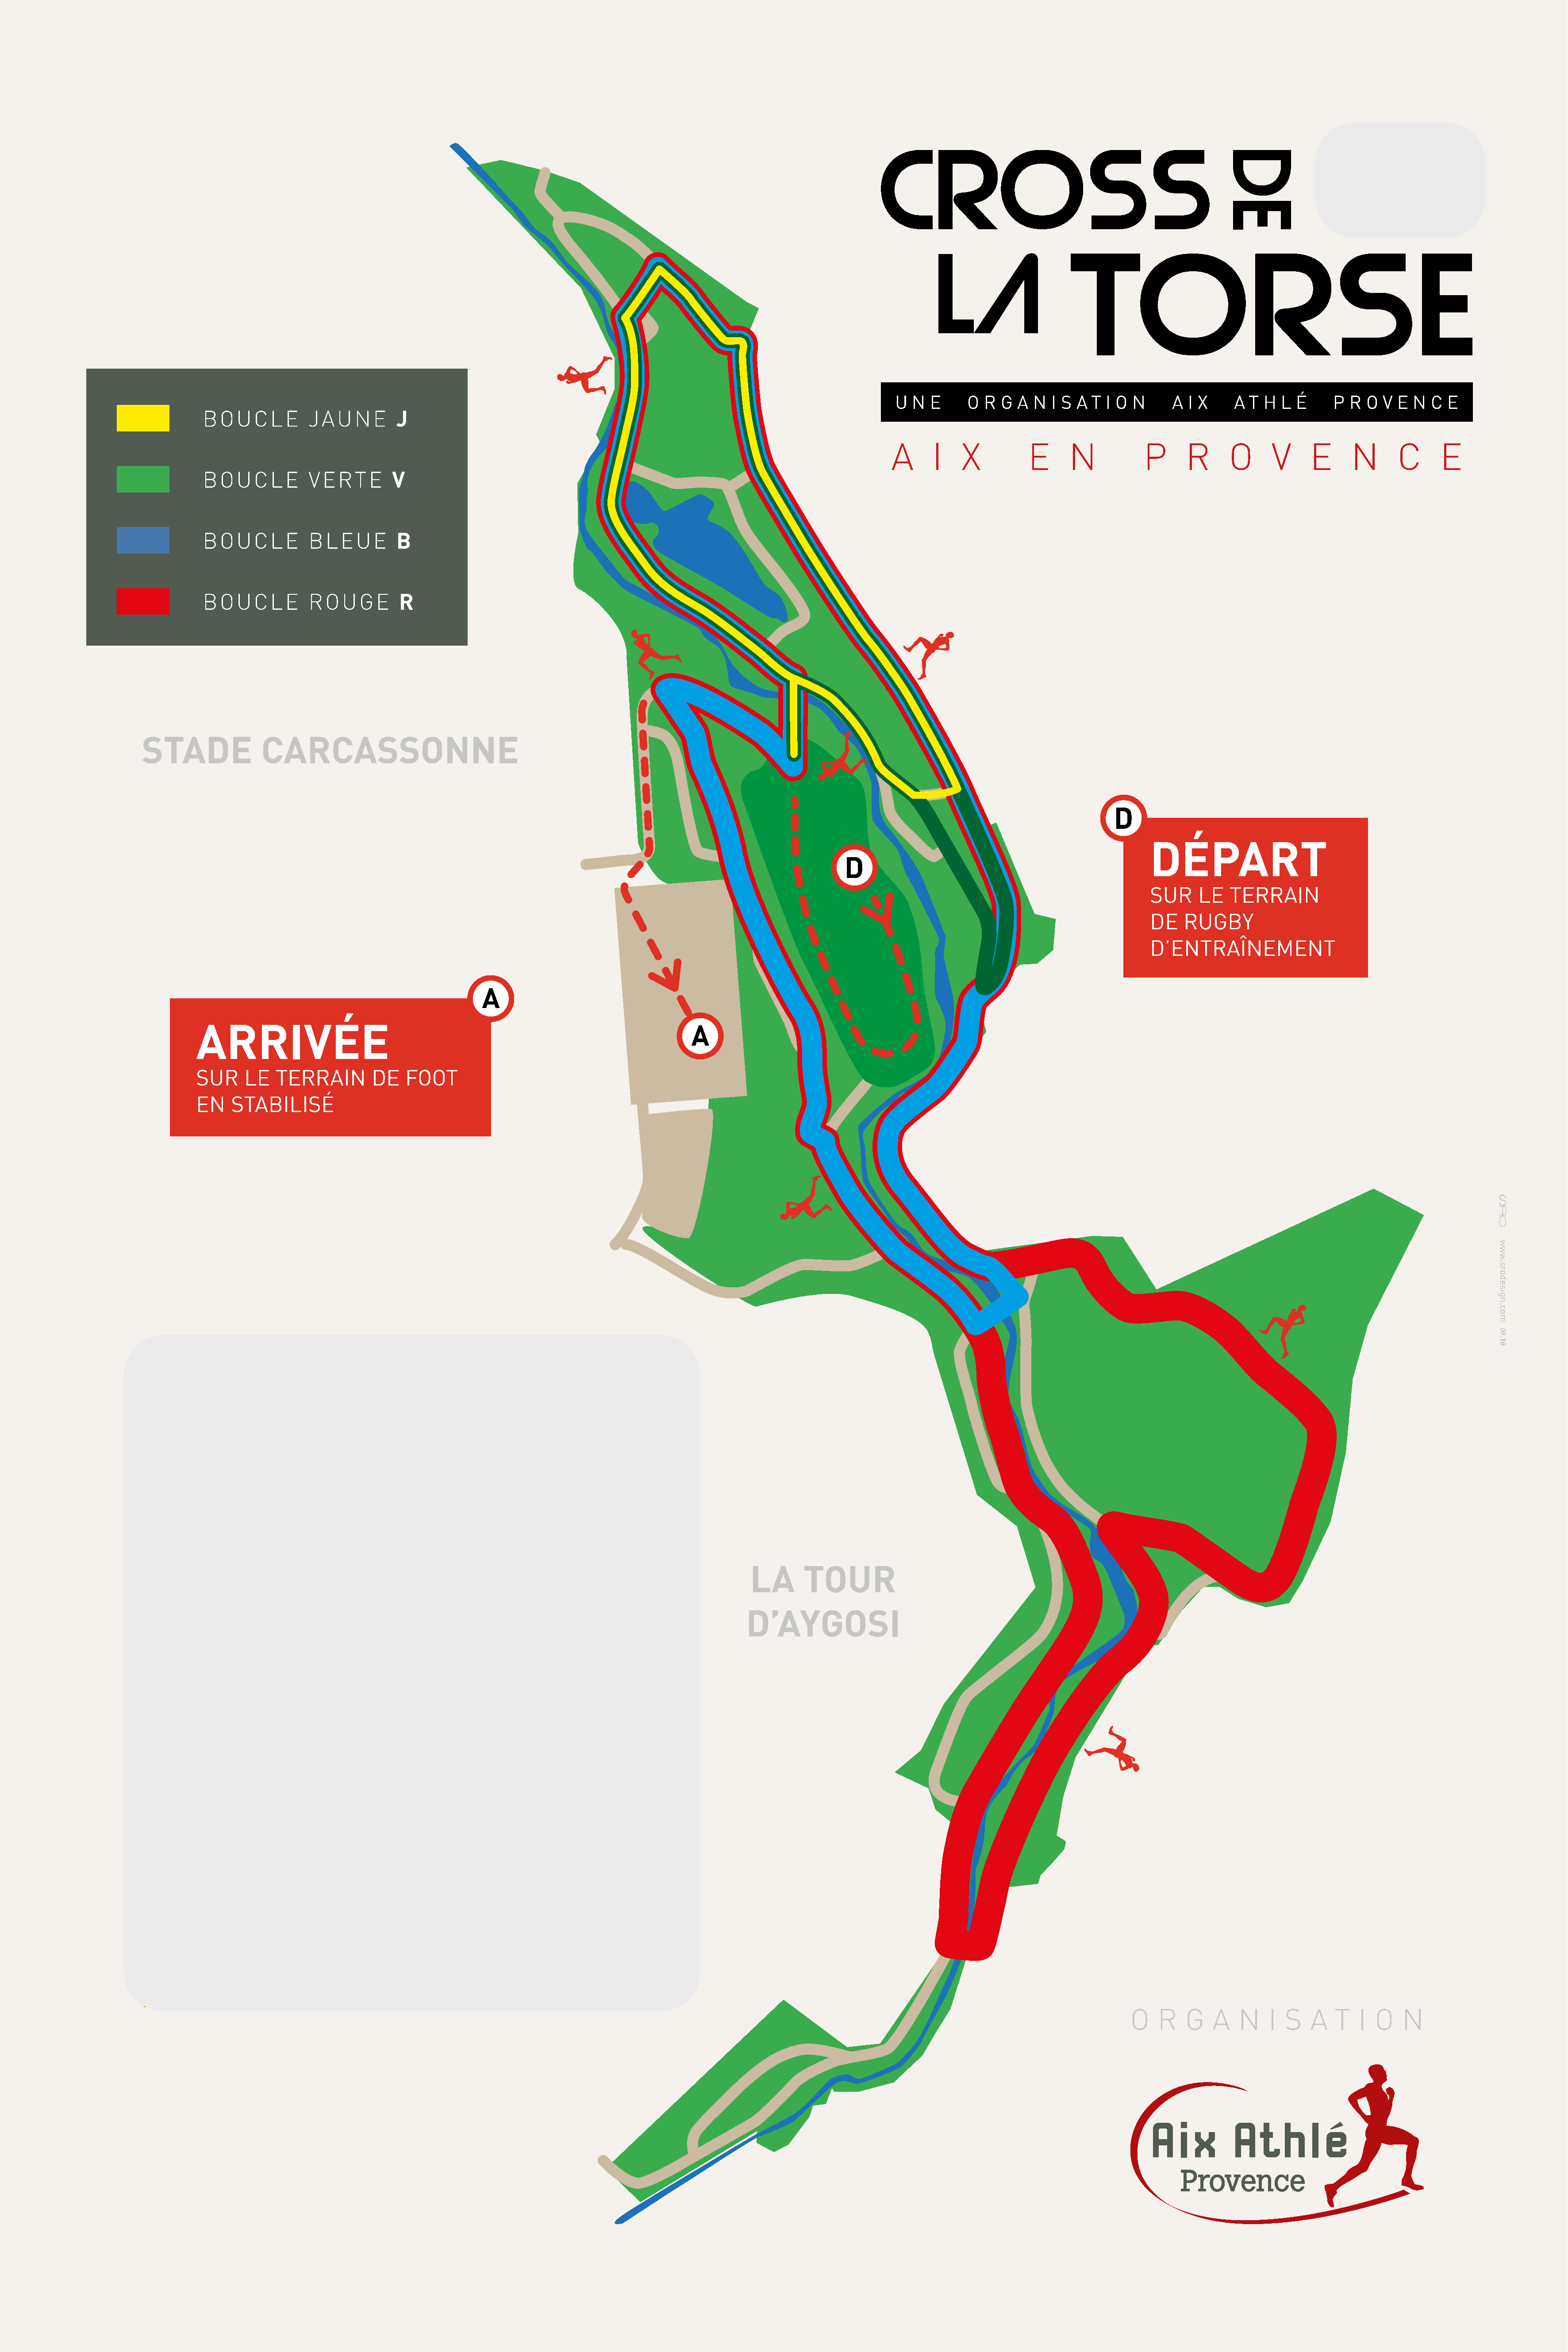
0    9     .  1    2
 2     0      1     8
 U N  E     O R  G A  N I S A T I O N     A  I X    A T H  L É    P  R O  V E N  C  E
 BOUCLE          JAUNE        J
 A     I    X         E     N          P     R      O     V     E     N      C     E
 BOUCLE          VERTE        V
 BOUCLE          BLEUE        B
 BOUCLE          ROUGE         R
 STADE             CARCASSONNE
 D
 DÉPART
 D
 SUR    LE   TERRAIN
 DE   RUGBY
 D’ENTRAÎNEMENT
 A
 ARRIVÉE                                                                   A
 SUR     LE  TERRAIN        DE   FOOT
 EN    STABILISÉ
 PROGRAMME
 HORAIRES          CATÉGORIES           BOUCLES             DISTANCE
 10h00            Masters   H          D + 4xR + A         8 870 m
 11h00            Poussines             D + V + A          1 350 m
 11h20             Poussins             D + V + A          1 350 m
 11h40           Benjamines             D + B + A          1 760 m
 LA      TOUR
 12h00            Benjamins            D + 2xV + A         2 160 m
 D’AYGOSI
 12h20            Minimes    F         D + 2xV + A         2 160 m
 12h40            Minimes   H          D + 2xB + A         3 030 m
 13h00             Cadettes            D + 2xB + A         3 030 m
 E.S.M.   F
 13h20                               D + J + V + R +A      4 070 m
 Cross  Court
 13h20            Juniors   F        D + J + V + R +A      4 070 m
 E.S.M.  H
 13h40                               D + J + V + R +A      4 070 m
 Cross  Court
 14h00              Cadets           D + J + V + R +A      4 070 m
 E.S.M.   F
 14h20                             D + V + B + 2xR + A     6 800 m
 Cross   Long
 14h55            Juniors   H        D + B + 2xR + A       5 950 m
 E.S.  H
 15h25                                 D + 4xR + A         8 870 m
 Cross   Long
 O   R   G   A   N    I S   A   T  I  O   N
 www.srodesign.com
 09.18